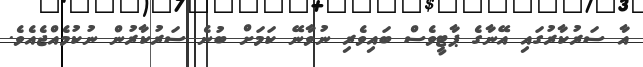
އާ ސަރުކާރުގައި އޭނާގެ ޕާޓީވެސް ބައިވެރި ނުވާނޭ ކަމަށް ބުނެ ސަރުކާރުން ނުކުމެއްޖެއެވެ.